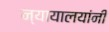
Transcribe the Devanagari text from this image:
न्यायालयांनी